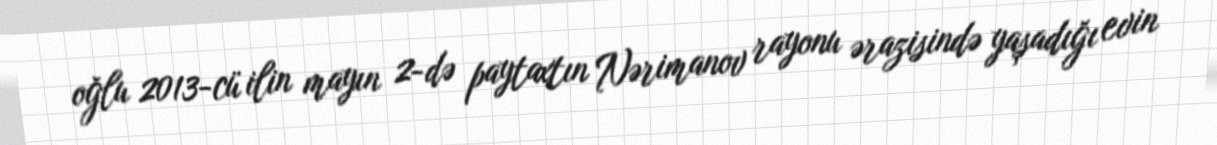
oğlu 2013-cü ilin mayın 2-də paytaxtın Nərimanov rayonu ərazisində yaşadığı evin